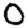
Digit: 0